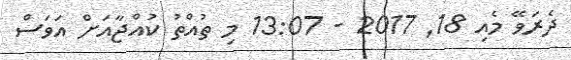
ދެރަވޭ މެއި 18